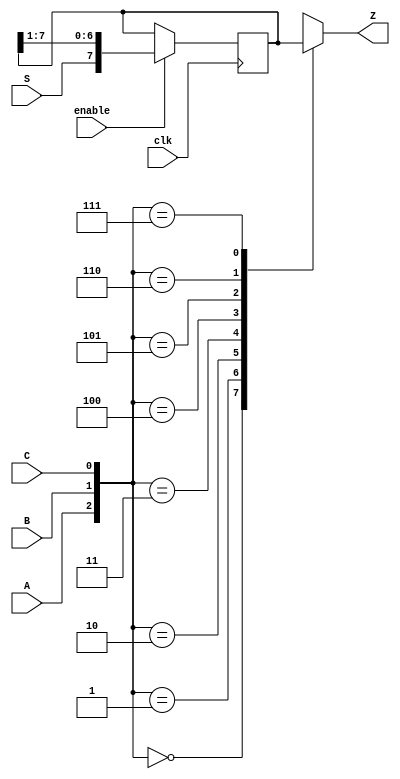
module top_module (
    input clk,
    input enable,
    input S,
    input A, B, C,
    output Z ); 
    
    reg [0:7] Q;
    always @ (posedge clk)begin
        if(enable) Q <= {S, Q[0:6]};
    end
    
    always @ (*)begin
        case({A, B, C})
            0 : Z = Q[0];
            1 : Z = Q[1];
            2 : Z = Q[2];
            3 : Z = Q[3];
            4 : Z = Q[4];
            5 : Z = Q[5];
            6 : Z = Q[6];
            7 : Z = Q[7];
        endcase
    end

endmodule